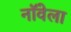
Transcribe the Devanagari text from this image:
नॉवेला